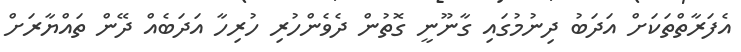
އެފަރާތްތަކަށް އަދަބު ދިނުމުގައި ގާނޫނީ ގޮތުން ދެވެންހުރި ހުރިހާ އަދަބެއް ދޭން ތައްޔާރަށް